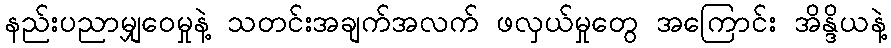
နည်းပညာမျှဝေမှုနဲ့ သတင်းအချက်အလက် ဖလှယ်မှုတွေ အကြောင်း အိန္ဒိယနဲ့